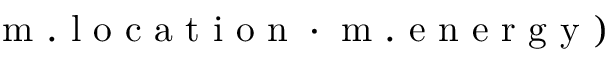
\left. \mathrm { ~ m ~ } . \mathrm { ~ l ~ o ~ c ~ a ~ t ~ i ~ o ~ n ~ } \cdot \mathrm { ~ m ~ } . \mathrm { ~ e ~ n ~ e ~ r ~ g ~ y ~ } \right)